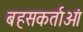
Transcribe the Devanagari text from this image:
बहसकर्ताओं